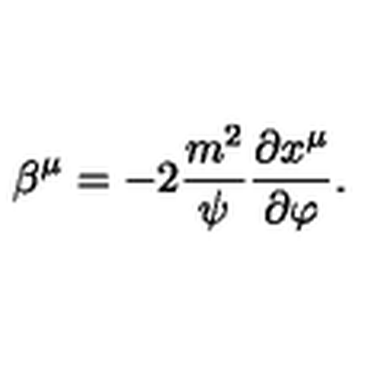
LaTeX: \beta ^ { \mu } = - 2 { \frac { m ^ { 2 } } { \psi } } { \frac { \partial x ^ { \mu } } { \partial \varphi } } .